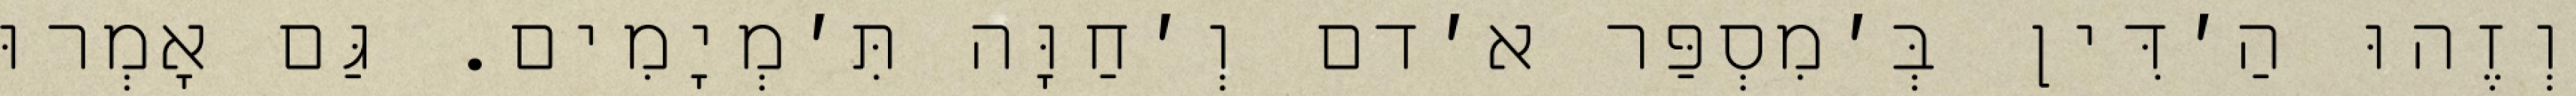
וְזֶהוּ הַ׳דִּין בְּ׳מִסְפַּר א׳דם וְ׳חַוָּה תִּ׳מְיָמִים. גַּם אָמְרוּ